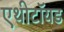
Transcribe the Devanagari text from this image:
एथीटॉयड